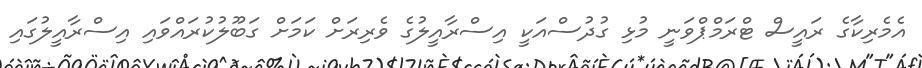
އެމެރިކާގެ ރައީސް ޓްރަމްޕްވަނީ މުޅި ގުދުސްއަކީ އިސްރާއީލުގެ ވެރިރަށް ކަމަށް ގަބޫލުކުރައްވައި އިސްރާއީލުގައި